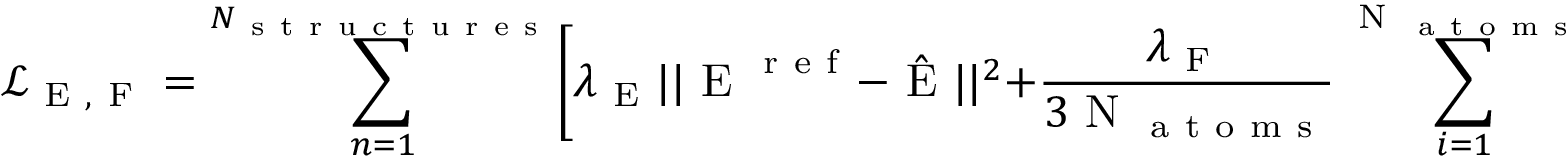
\mathcal { L } _ { \mathrm { ~ E ~ , ~ F ~ } } = \sum _ { n = 1 } ^ { N _ { \mathrm { ~ s ~ t ~ r ~ u ~ c ~ t ~ u ~ r ~ e ~ s ~ } } } \biggl [ \lambda _ { \mathrm { ~ E ~ } } | | \mathrm { ~ E ~ } ^ { \mathrm { ~ r ~ e ~ f ~ } } - \hat { \mathrm { ~ E ~ } } | | ^ { 2 } + \frac { \lambda _ { \mathrm { ~ F ~ } } } { 3 \mathrm { ~ N ~ } _ { \mathrm { ~ a ~ t ~ o ~ m ~ s ~ } } } \sum _ { i = 1 } ^ { \mathrm { ~ N ~ } _ { \mathrm { ~ a ~ t ~ o ~ m ~ s ~ } } } | | \textbf { F } _ { i } ^ { \mathrm { ~ r ~ e ~ f ~ } } - \hat { \textbf { F } } _ { i } | | ^ { 2 } \biggr ]